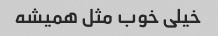
خیلی خوب مثل همیشه